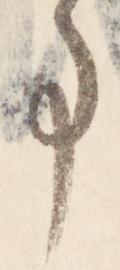
事